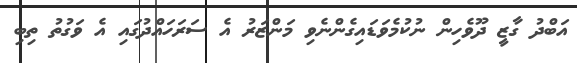
އަބްދު ގާޒީ ދޫވެހިން ނުކުމެވަޑައިގެންނެވި މަންޒަރު އެ ސަރަހައްދުގައި އެ ވަގުތު ތިބި